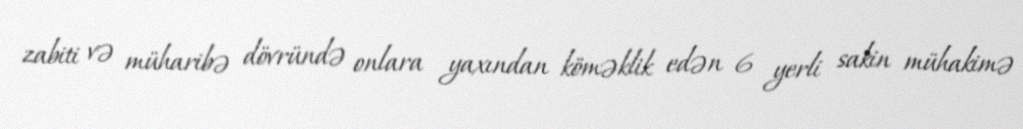
zabiti və müharibə dövründə onlara yaxından köməklik edən 6 yerli sakin mühakimə